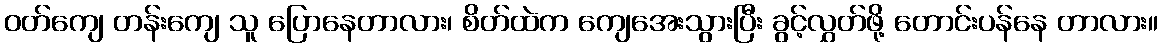
ဝတ်ကျေ တန်းကျေ သူ ပြောနေတာလား၊ စိတ်ထဲက ကျေအေးသွားပြီး ခွင့်လွှတ်ဖို့ တောင်းပန်နေ တာလား။